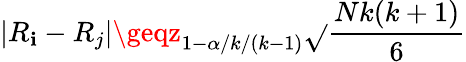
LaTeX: |R_{\mathbf{i}}-R_{j}|\geqz_{1-\alpha/k/(k-1)}\sqrt{}{{\frac{{Nk(k+1)}}{{6}}}}